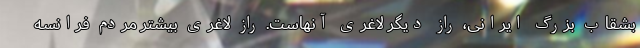
بشقاب بزرگ ایرانی، راز دیگر لاغری آنهاست. راز لاغری بیشتر مردم فرانسه